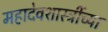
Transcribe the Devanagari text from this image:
महादेवशास्त्रींच्या